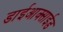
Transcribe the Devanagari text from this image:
डाईआक्साईड